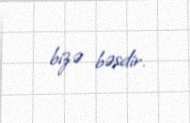
bizə bəsdir.